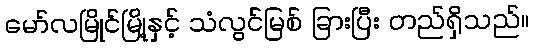
မော်လမြိုင်မြို့နှင့် သံလွင်မြစ် ခြားပြီး တည်ရှိသည်။